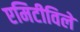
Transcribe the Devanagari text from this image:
एमिटीविले